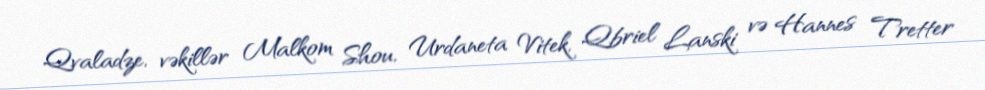
Qvaladze, vəkillər Malkom Shou, Urdaneta Vitek, Qbriel Lanski və Hannes Tretter